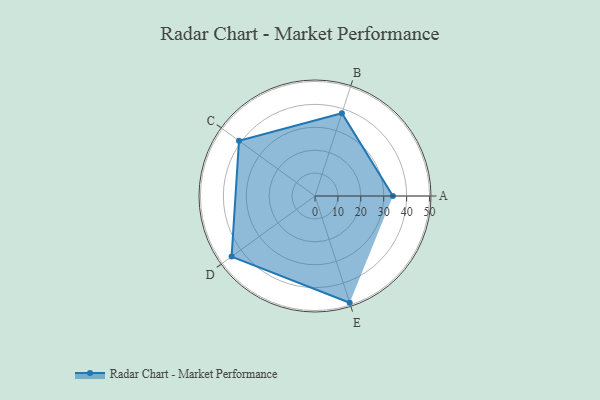
{"axis": {"x": "Skill", "y": "Score"}, "legend": ["Profile"], "data": [{"x": "A", "y": 34.0, "type": "Profile"}, {"x": "B", "y": 38.0, "type": "Profile"}, {"x": "C", "y": 41.0, "type": "Profile"}, {"x": "D", "y": 45.0, "type": "Profile"}, {"x": "E", "y": 49.0, "type": "Profile"}]}